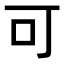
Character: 可